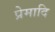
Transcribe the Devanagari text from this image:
प्रेमादि